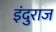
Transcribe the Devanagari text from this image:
इंदुराज